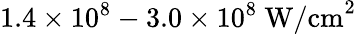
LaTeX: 1.4\times 10^{8}-3.0\times 10^{8}\ \textrm{W/cm}^{2}